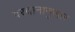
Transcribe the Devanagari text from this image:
वरदानानुसार